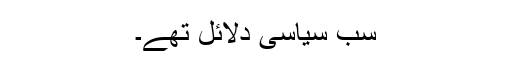
سب سیاسی دلائل تھے۔